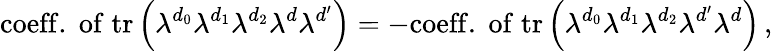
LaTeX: \mathrm{coeff.\; of}\; \mathrm{tr}\left(\lambda^{d_{0}}\lambda^{d_{1}}\lambda^{d_{2}}\lambda^{d}\lambda^{d^{\prime}}\right)=-\mathrm{coeff.\; of}\; \mathrm{tr}\left(\lambda^{d_{0}}\lambda^{d_{1}}\lambda^{d_{2}}\lambda^{d^{\prime}}\lambda^{d}\right)\, ,